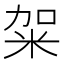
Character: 𥹌